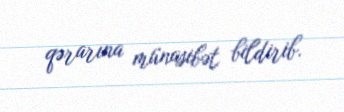
qərarına münasibət bildirib.